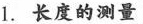
1.长度的测量